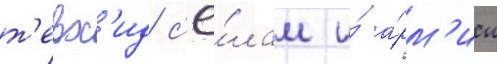
т'евх'ид с'ё́лам и́ а́рм'ии